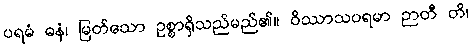
ပရမံ ဓနံ၊ မြတ်သော ဥစ္စာရှိသည်မည်၏။ ဝိဿာသပရမာ ဉာတီ တိ၊